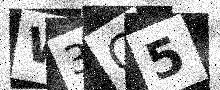
Text: W3Q5